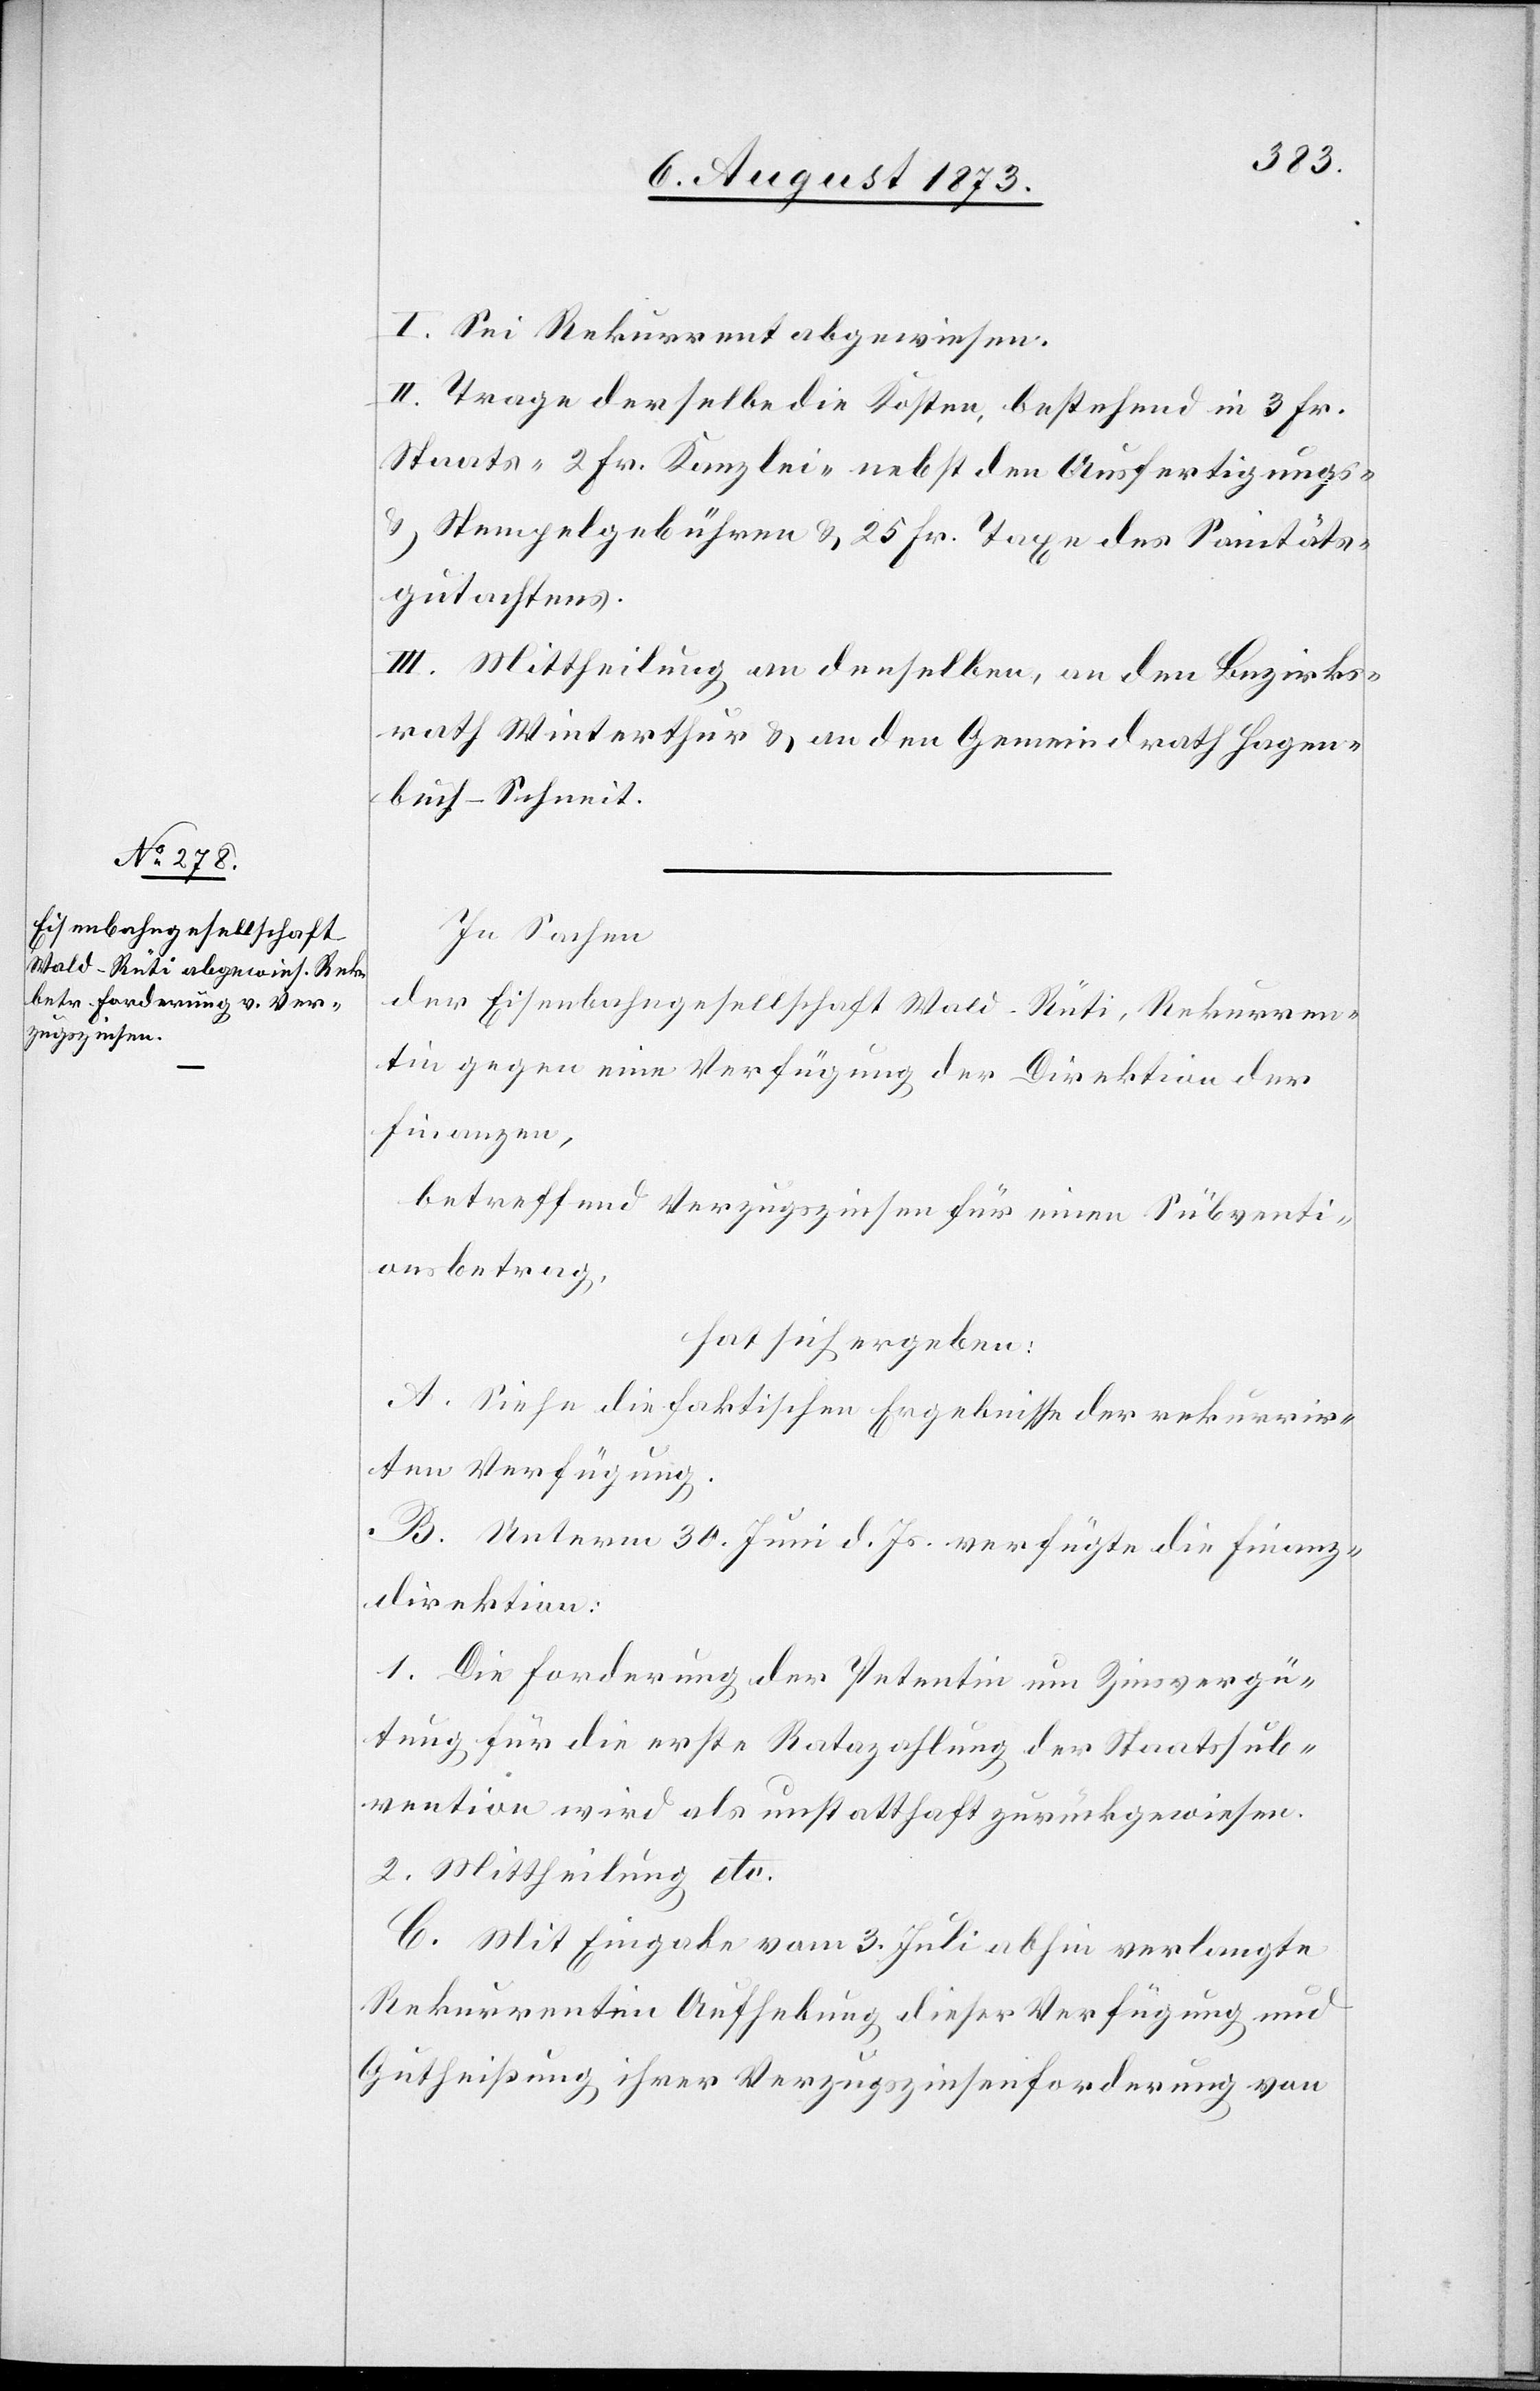
I. Sei Rekurrent abgewiesen.
II. Trage derselbe die Kosten, bestehend in 3 Fr.
Staats- 2 Fr. Kanzlei- nebst den Ausfertigungs-
& Stempelgebühren & 25 Fr. Taxe des Sanitäts¬
gutachtens.
III. Mittheilung an denselben, an den Bezirks¬
rath Winterthur & an den Gemeindrath Hagen¬
buch-Schneit.
In Sachen
der Eisenbahngesellschaft Wald–Rüti, Rekurren¬
tin gegen eine Verfügung der Direktion der
Finanzen,
betreffend Verzugszinsen für einen Subventi¬
onsbetrag,
hat sich ergeben:
A. Siehe die faktischen Ergebnisse der rekurrir¬
ten Verfügung.
B. Unterm 30. Juni d. Js. verfügte die Finanz¬
direktion:
1. Die Forderung der Petentin um Zinsvergü¬
tung für die erste Ratazahlung der Staatssub¬
vention wird als unstatthaft zurückgewiesen.
2. Mittheilung etc.
C. Mit Eingabe vom 3. Juli abhin verlangte
Rekurrentin Aufhebung dieser Verfügung und
Gutheißung ihrer Verzugszinsenforderung von